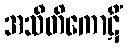
အသီတိကောဋိံ